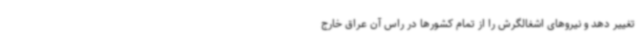
تغییر دهد و نیروهای اشغالگرش را از تمام کشورها در راس آن عراق خارج